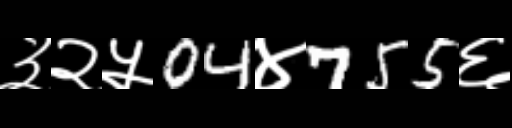
Text: ३२५04४755६